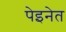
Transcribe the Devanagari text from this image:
पेइनेत